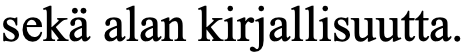
sekä alan kirjallisuutta.